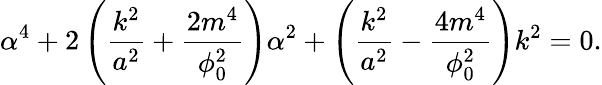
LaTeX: \alpha^{4}+2\left(\frac{k^{2}}{a^{2}}+\frac{2m^{4}}{\phi_{0}^{2}}\right)\alpha^{2}+\left(\frac{k^{2}}{a^{2}}-\frac{4m^{4}}{\phi_{0}^{2}}\right)k^{2}=0.